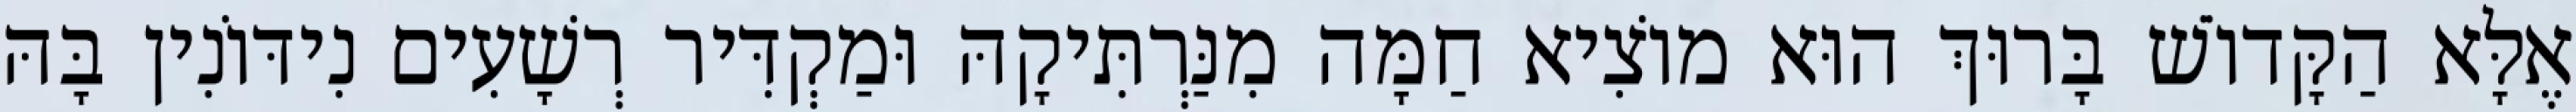
אֶלָּא הַקָּדוֹשׁ בָּרוּךְ הוּא מוֹצִיא חַמָּה מִנַּרְתִּיקָהּ וּמַקְדִּיר רְשָׁעִים נִידּוֹנִין בָּהּ